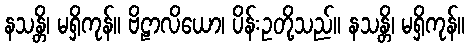
နသန္တိ၊ မရှိကုန်။ ဗိဠာလိယော၊ ပိန်းဥတို့သည်။ နသန္တိ၊ မရှိကုန်။